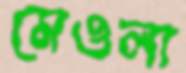
মেওলা